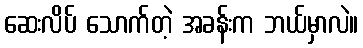
ဆေးလိပ် သောက်တဲ့ အခန်းက ဘယ်မှာလဲ။